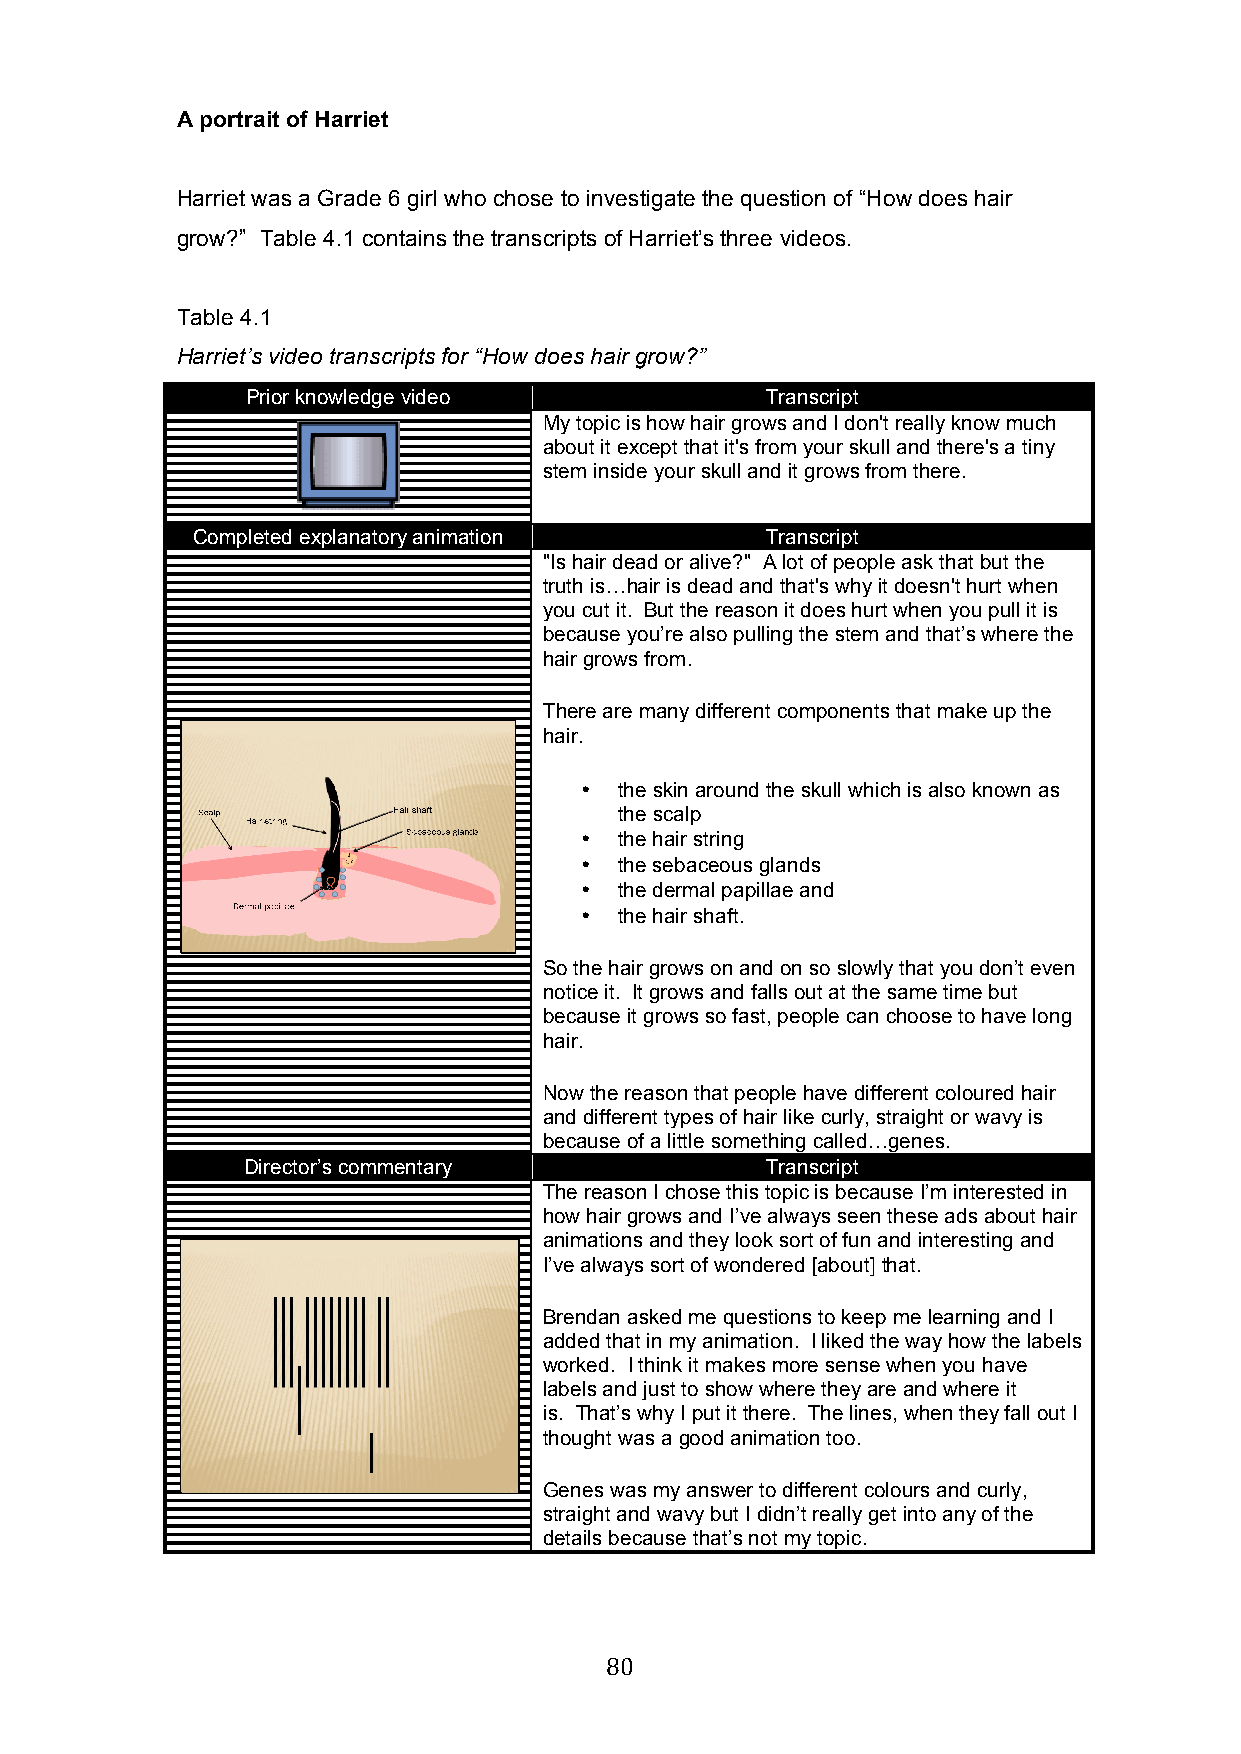
A portrait of Harriet
 Harriet was a Grade 6 girl who chose to investigate the question of “How does hair
 grow?” Table 4.1 contains the transcripts of Harriet’s three videos.
 Table 4.1
 Harriet’s video transcripts for “How does hair grow?”
 Prior knowledge video              Transcript
 My topic is how hair grows and I don't really know much
 about it except that it's from your skull and there's a tiny
 stem inside your skull and it grows from there.
 Completed explanatory animation       Transcript
 "Is hair dead or alive?" A lot of people ask that but the
 truth is…hair is dead and that's why it doesn't hurt when
 you cut it. But the reason it does hurt when you pull it is
 because you’re also pulling the stem and that’s where the
 hair grows from.
 There are many different components that make up the
 hair.
 •  the skin around the skull which is also known as
 the scalp
 •  the hair string
 •  the sebaceous glands
 •  the dermal papillae and
 •  the hair shaft.
 So the hair grows on and on so slowly that you don’t even
 notice it. It grows and falls out at the same time but
 because it grows so fast, people can choose to have long
 hair.
 Now the reason that people have different coloured hair
 and different types of hair like curly, straight or wavy is
 because of a little something called…genes.
 Director’s commentary              Transcript
 The reason I chose this topic is because I’m interested in
 how hair grows and I’ve always seen these ads about hair
 animations and they look sort of fun and interesting and
 I’ve always sort of wondered [about] that.
 Brendan asked me questions to keep me learning and I
 added that in my animation. I liked the way how the labels
 worked. I think it makes more sense when you have
 labels and just to show where they are and where it
 is. That’s why I put it there. The lines, when they fall out I
 thought was a good animation too.
 Genes was my answer to different colours and curly,
 straight and wavy but I didn’t really get into any of the
 details because that’s not my topic.
 80